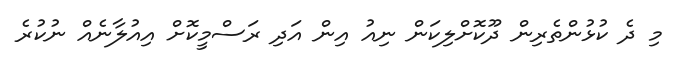
މި ދެ ކުޅުންތެރިން ދޫކޮށްލިކަން ނިއު އިން އަދި ރަސްމީކޮށް އިއުލާނެއް ނުކުރެ